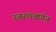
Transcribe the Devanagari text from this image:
स्वरूपवर्णन